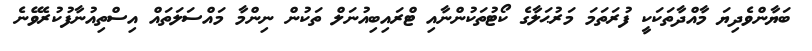
ބަޔާންވެދިޔަ މާއްދާތަކަކީ ފުރަތަމަ މަރުޙަލާގެ ކޯޓުތަކުންނާއި ޓްރައިބިއުނަލް ތަކުން ނިންމާ މައްސަލަތައް އިސްތިއުނާފުކުރެވޭނެ